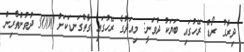
ދިރާގު ރޯޑް ރޭހުގައި ބަޔަކު ދުވަނީ: މިއަދުގެ ރޭހުގައި ގާތްގަނޑަކަށް 3000 ދުވުންތެރިން